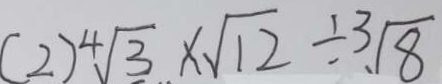
( 2 ) ^ { 4 } \sqrt { 3 } \times \sqrt { 1 2 } \div \sqrt [ 3 ] { 8 }